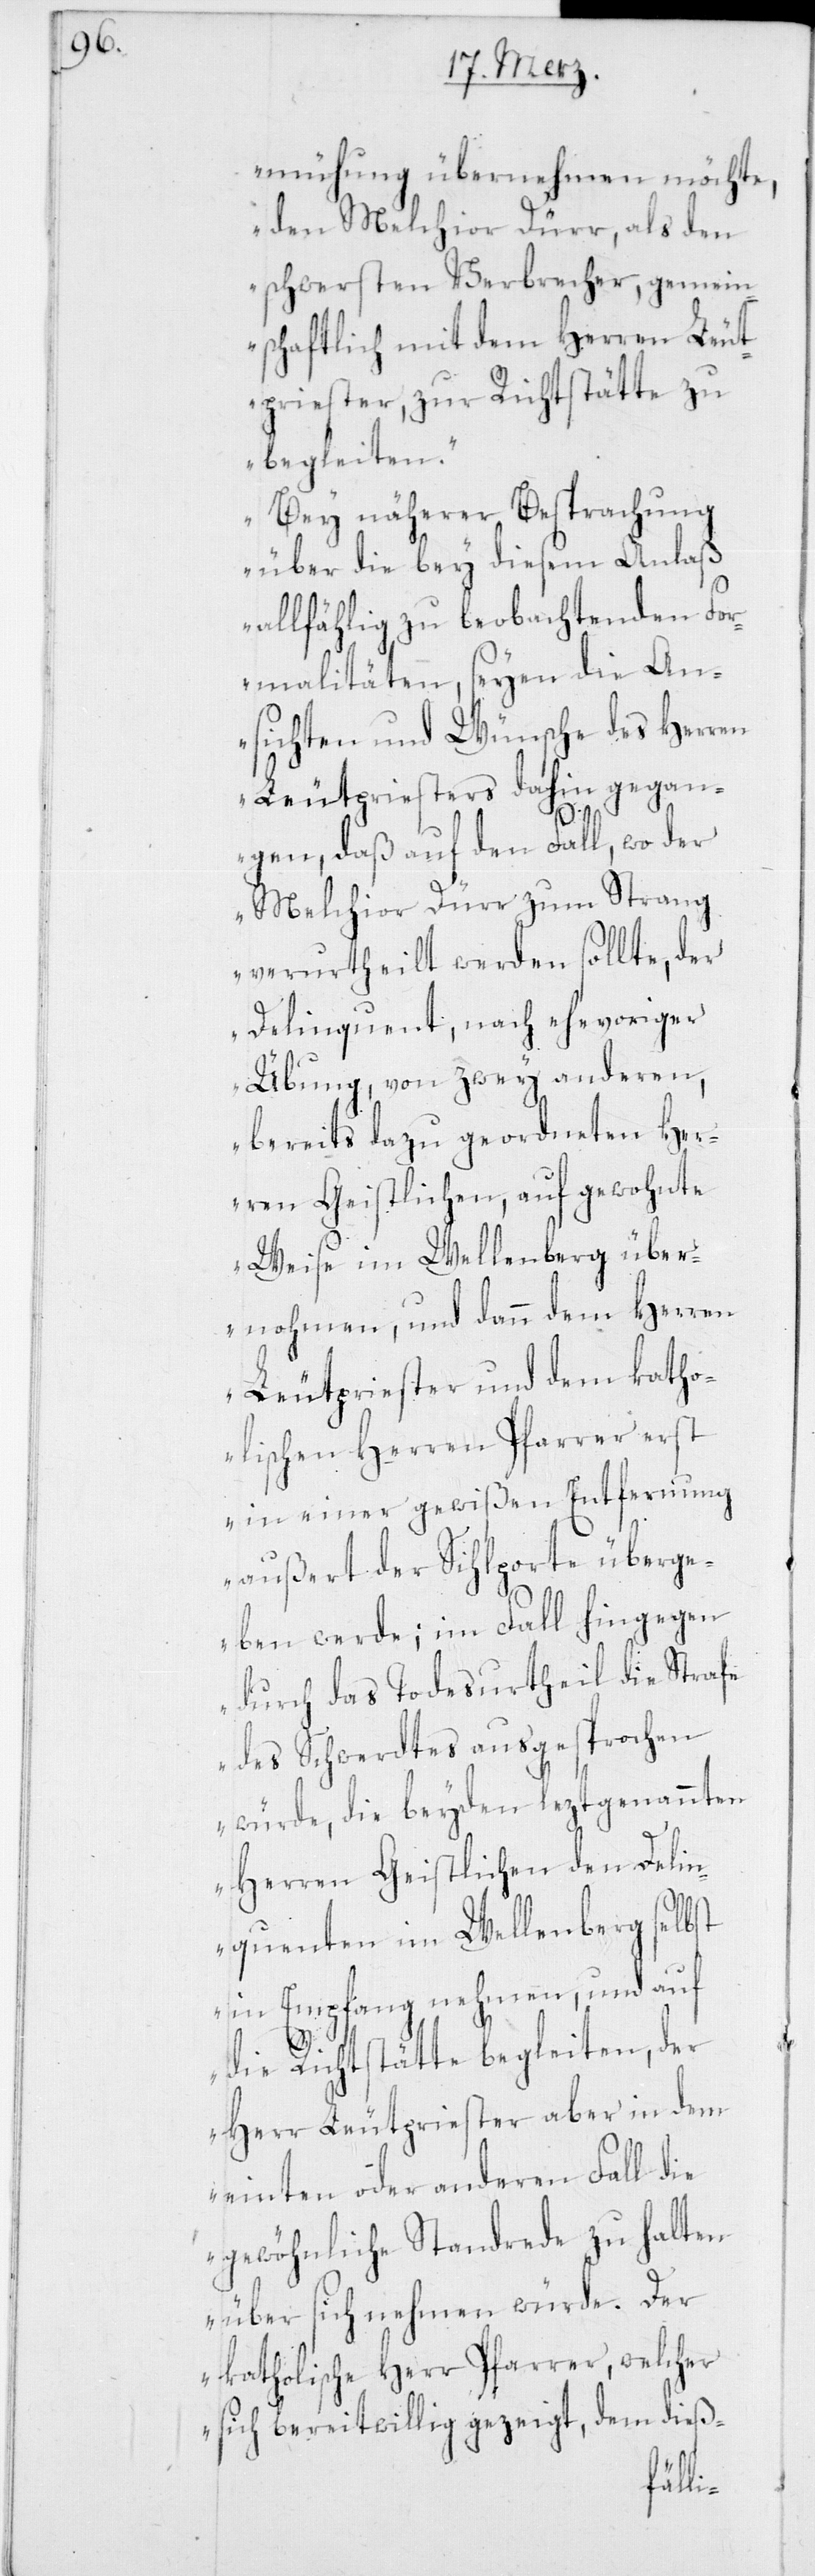
mühung übernehmen möchte,
den Melchior Dürr, als den
schwersten Verbrecher, gemein¬
schaftlich mit dem Herren Leut¬
priester, zur Richtstätte zu
begleiten.
Bey näherer Betrachtung
über die bey diesem Anlaß
allfählig zu beobachtenden For¬
malitäten, seyen die An¬
sichten und Wünsche des Herren
Leutpriesters dahin gegan¬
gen, daß auf den Fall, wo der
Melchior Dürr zum Strang
verurtheilt werden sollte, der
Delinquent, nach ehevoriger
Übung, von zwey anderen,
bereits dazu geordneten Her¬
ren Geistlichen, auf gewohnte
Weise im Wellenberg über¬
nohmen, und dann dem Herren
Leutpriester und dem katho¬
lischen Herren Pfarrer erst
in einer gewißen Entfernung
außert der Sihlporte überge¬
ben werde; im Fall hingegen
durch das Todesurtheil die Strafe
des Schwerdtes ausgesprochen
würde, die beyden leztgenannten
Herren Geistlichen den Delin¬
quenten im Wellenberg selbst
in Empfang nehmen, und auf
die Richtstätte begleiten, der
Herr Leutpriester aber in dem
einten oder anderen Fall die
gewöhnliche Standrede zu halten
über sich nehmen würde. Der
katholische Herr Pfarrer, welcher
sich bereitwillig gezeigt, dem dieß-